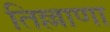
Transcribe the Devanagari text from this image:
तिल्लाणा